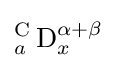
{_{a}^{\text{C}}\operatorname {D} _{x}^{\alpha +\beta }}